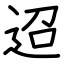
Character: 迢